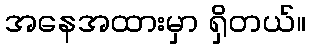
အနေအထားမှာ ရှိတယ်။